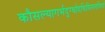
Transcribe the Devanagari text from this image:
कौसल्यागर्भदुग्धोदधिविमलविधो